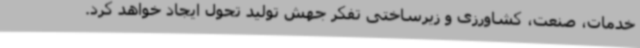
خدمات، صنعت، کشاورزی و زیرساختی تفکر جهش تولید تحول ایجاد خواهد کرد.